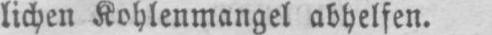
lichen Kohlenmangel abhelfen.